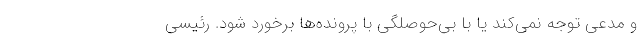
و مدعی توجه نمی‌کند یا با بی‌حوصلگی با پرونده‌ها برخورد شود. رئیسی